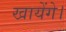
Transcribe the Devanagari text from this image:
खायेंगे।